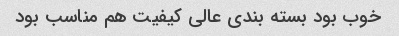
خوب بود بسته بندی عالی کیفیت هم مناسب بود